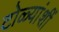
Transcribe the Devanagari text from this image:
टोळ्यांशीं